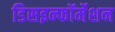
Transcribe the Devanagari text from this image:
डिसइन्फॉर्मेशन